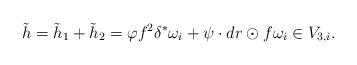
LaTeX: \begin{align*} \tilde{h}= \tilde{h}_1+ \tilde{h}_2=\varphi f^2\delta^*\omega_i+\psi \cdot dr\odot f\omega_i \in V_{3,i}.\end{align*}